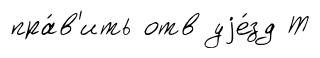
пра́в'ить отв уjе́зд Т